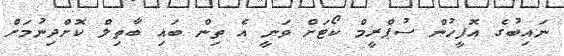
ނައިބުގެ އޮފީހުން ސުޕްރީމް ކޯޓަށް ވަނީ އެ ތިން ބައި ބާތިލް ކޮށްދިނުމަށް